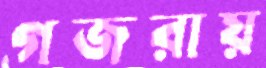
গজরায়